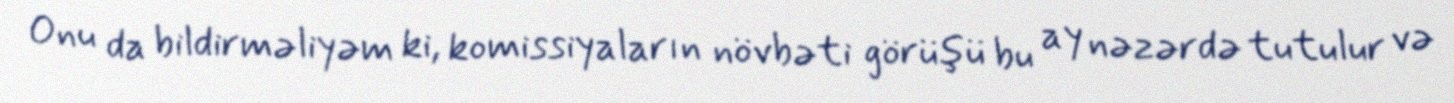
Onu da bildirməliyəm ki, komissiyaların növbəti görüşü bu ay nəzərdə tutulur və